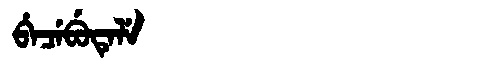
Manchu: ᠪᡝᠴᡝᠪᡠᡨᡝᠯᡝ
Romanization: BECEBUTELE